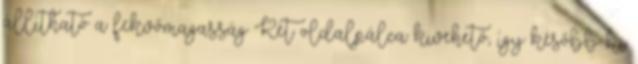
állítható a fekvőmagasság Két oldalpálca kivehető, így később ki